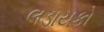
લડાયકો